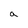
Character: a